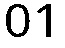
01